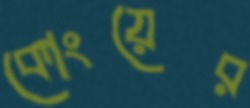
কোংয়ের